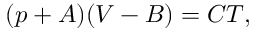
( p + A ) ( V - B ) = C T ,